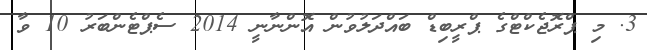
3. މި ޕްރޮޖެކްޓްގެ ޕްރީބިޑް ބައްދަލުވުން އޮންނާނީ 2014 ސެޕްޓެންބަރު 10 ވާ